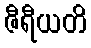
ဇီရီယတိ